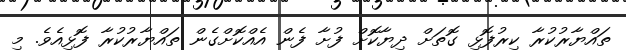
ތައްޔާރުކުރާ ކިރުފޮޅި ގޮތަށް ދިޔާކޮށް ފުށާ ފެން އެއްކޮށްގެން ތައްޔާރުކުރާ ފޮޅިއެވެ. މި